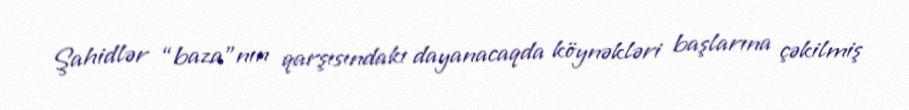
Şahidlər “baza”nın qarşısındakı dayanacaqda köynəkləri başlarına çəkilmiş